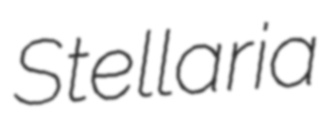
Stellaria